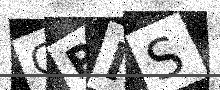
Text: GPMS